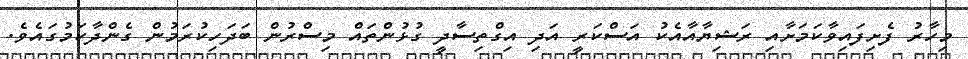
މިހާރު ފެށިފައިވާކަމަށާއި ރަޝިޔާއާއެކު އަސްކަރީ އަދި އިގްތިސާދީ ގުޅުންތައް މިސްރުން ބަދަހިކުރަމުން ގެންދާކަމުގައެވެ.